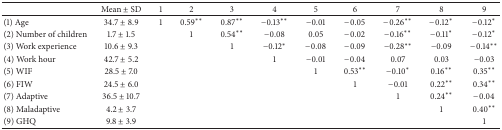
|  | Mean ± SD | 1 | 2 | 3 | 4 | 5 | 6 | 7 | 8 | 9 |
 | --- | --- | --- | --- | --- | --- | --- | --- | --- | --- | --- |
 | (1) Age | 34.7 ± 8.9 | 1 | 0.59** | 0.87** | −0.13** | −0.01 | −0.05 | −0.26** | −0.12* | −0.12* |
 | (2) Number of children | 1.7 ± 1.5 |  | 1 | 0.54** | −0.08 | 0.05 | −0.02 | −0.16** | −0.11* | −0.12* |
 | (3) Work experience | 10.6 ± 9.3 |  |  | 1 | −0.12* | −0.08 | −0.09 | −0.28** | −0.09 | −0.14** |
 | (4) Work hour | 42.7 ± 5.2 |  |  |  | 1 | −0.01 | −0.04 | 0.07 | 0.03 | −0.03 |
 | (5) WIF | 28.5 ± 7.0 |  |  |  |  | 1 | 0.53** | −0.10* | 0.16** | 0.35** |
 | (6) FIW | 24.5 ± 6.0 |  |  |  |  |  | 1 | −0.01 | 0.22** | 0.34** |
 | (7) Adaptive | 36.5 ± 10.7 |  |  |  |  |  |  | 1 | 0.24** | −0.04 |
 | (8) Maladaptive | 4.2 ± 3.7 |  |  |  |  |  |  |  | 1 | 0.40** |
 | (9) GHQ | 9.8 ± 3.9 |  |  |  |  |  |  |  |  | 1 |